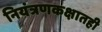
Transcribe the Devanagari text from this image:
नियंत्रणकक्षातही